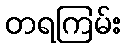
တရကြမ်း